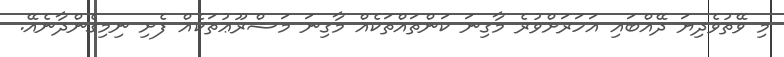
މި ވޭތުވެދިޔަ ދޭއްބައި އަހަރަށްވުރެ މާގިނަ ކަންތައްތަކެއް މާގިނަ މަޝްރޫޢުތަކެއް ފެށި ނިމިގެންދާނެއޭ.